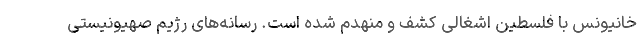
خانیونس با فلسطین اشغالی کشف و منهدم شده است. رسانه‌های رژیم صهیونیستی